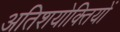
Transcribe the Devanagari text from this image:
अतिशयोक्तियों